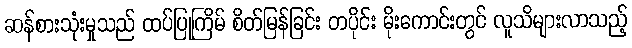
ဆန်စားသုံးမှုသည် ထပ်ပြုကြိမ် စိတ်မြန်ခြင်း တပိုင်း မိုးကောင်းတွင် လူသိများလာသည့်